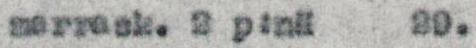
marrask. 2 p:nä 29.